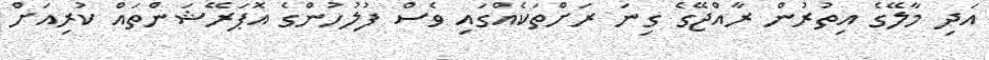
އަދި މާލޭގެ އިތުރުން ރާއްޖޭގެ ގިނަ ރަށްތަކެއްގައި ވެސް ފުލުހުންގެ އޮޕަރޭޝަންތައް ކުރިއަށް